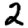
Digit: 2